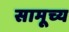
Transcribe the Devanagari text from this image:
सामूच्य